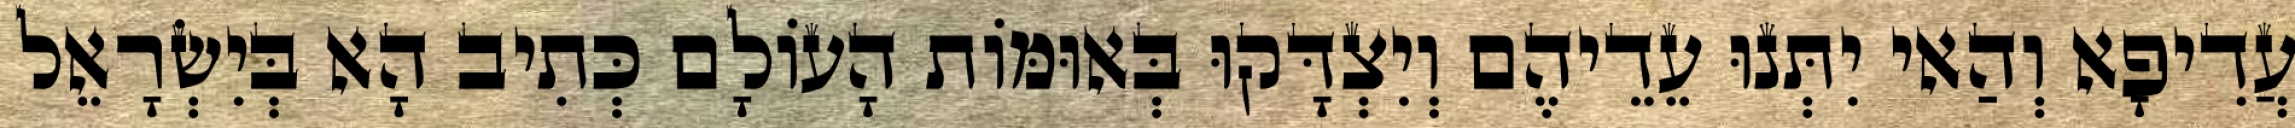
עֲדִיפָא וְהַאי יִתְּנוּ עֵדֵיהֶם וְיִצְדָּקוּ בְּאוּמּוֹת הָעוֹלָם כְּתִיב הָא בְּיִשְׂרָאֵל